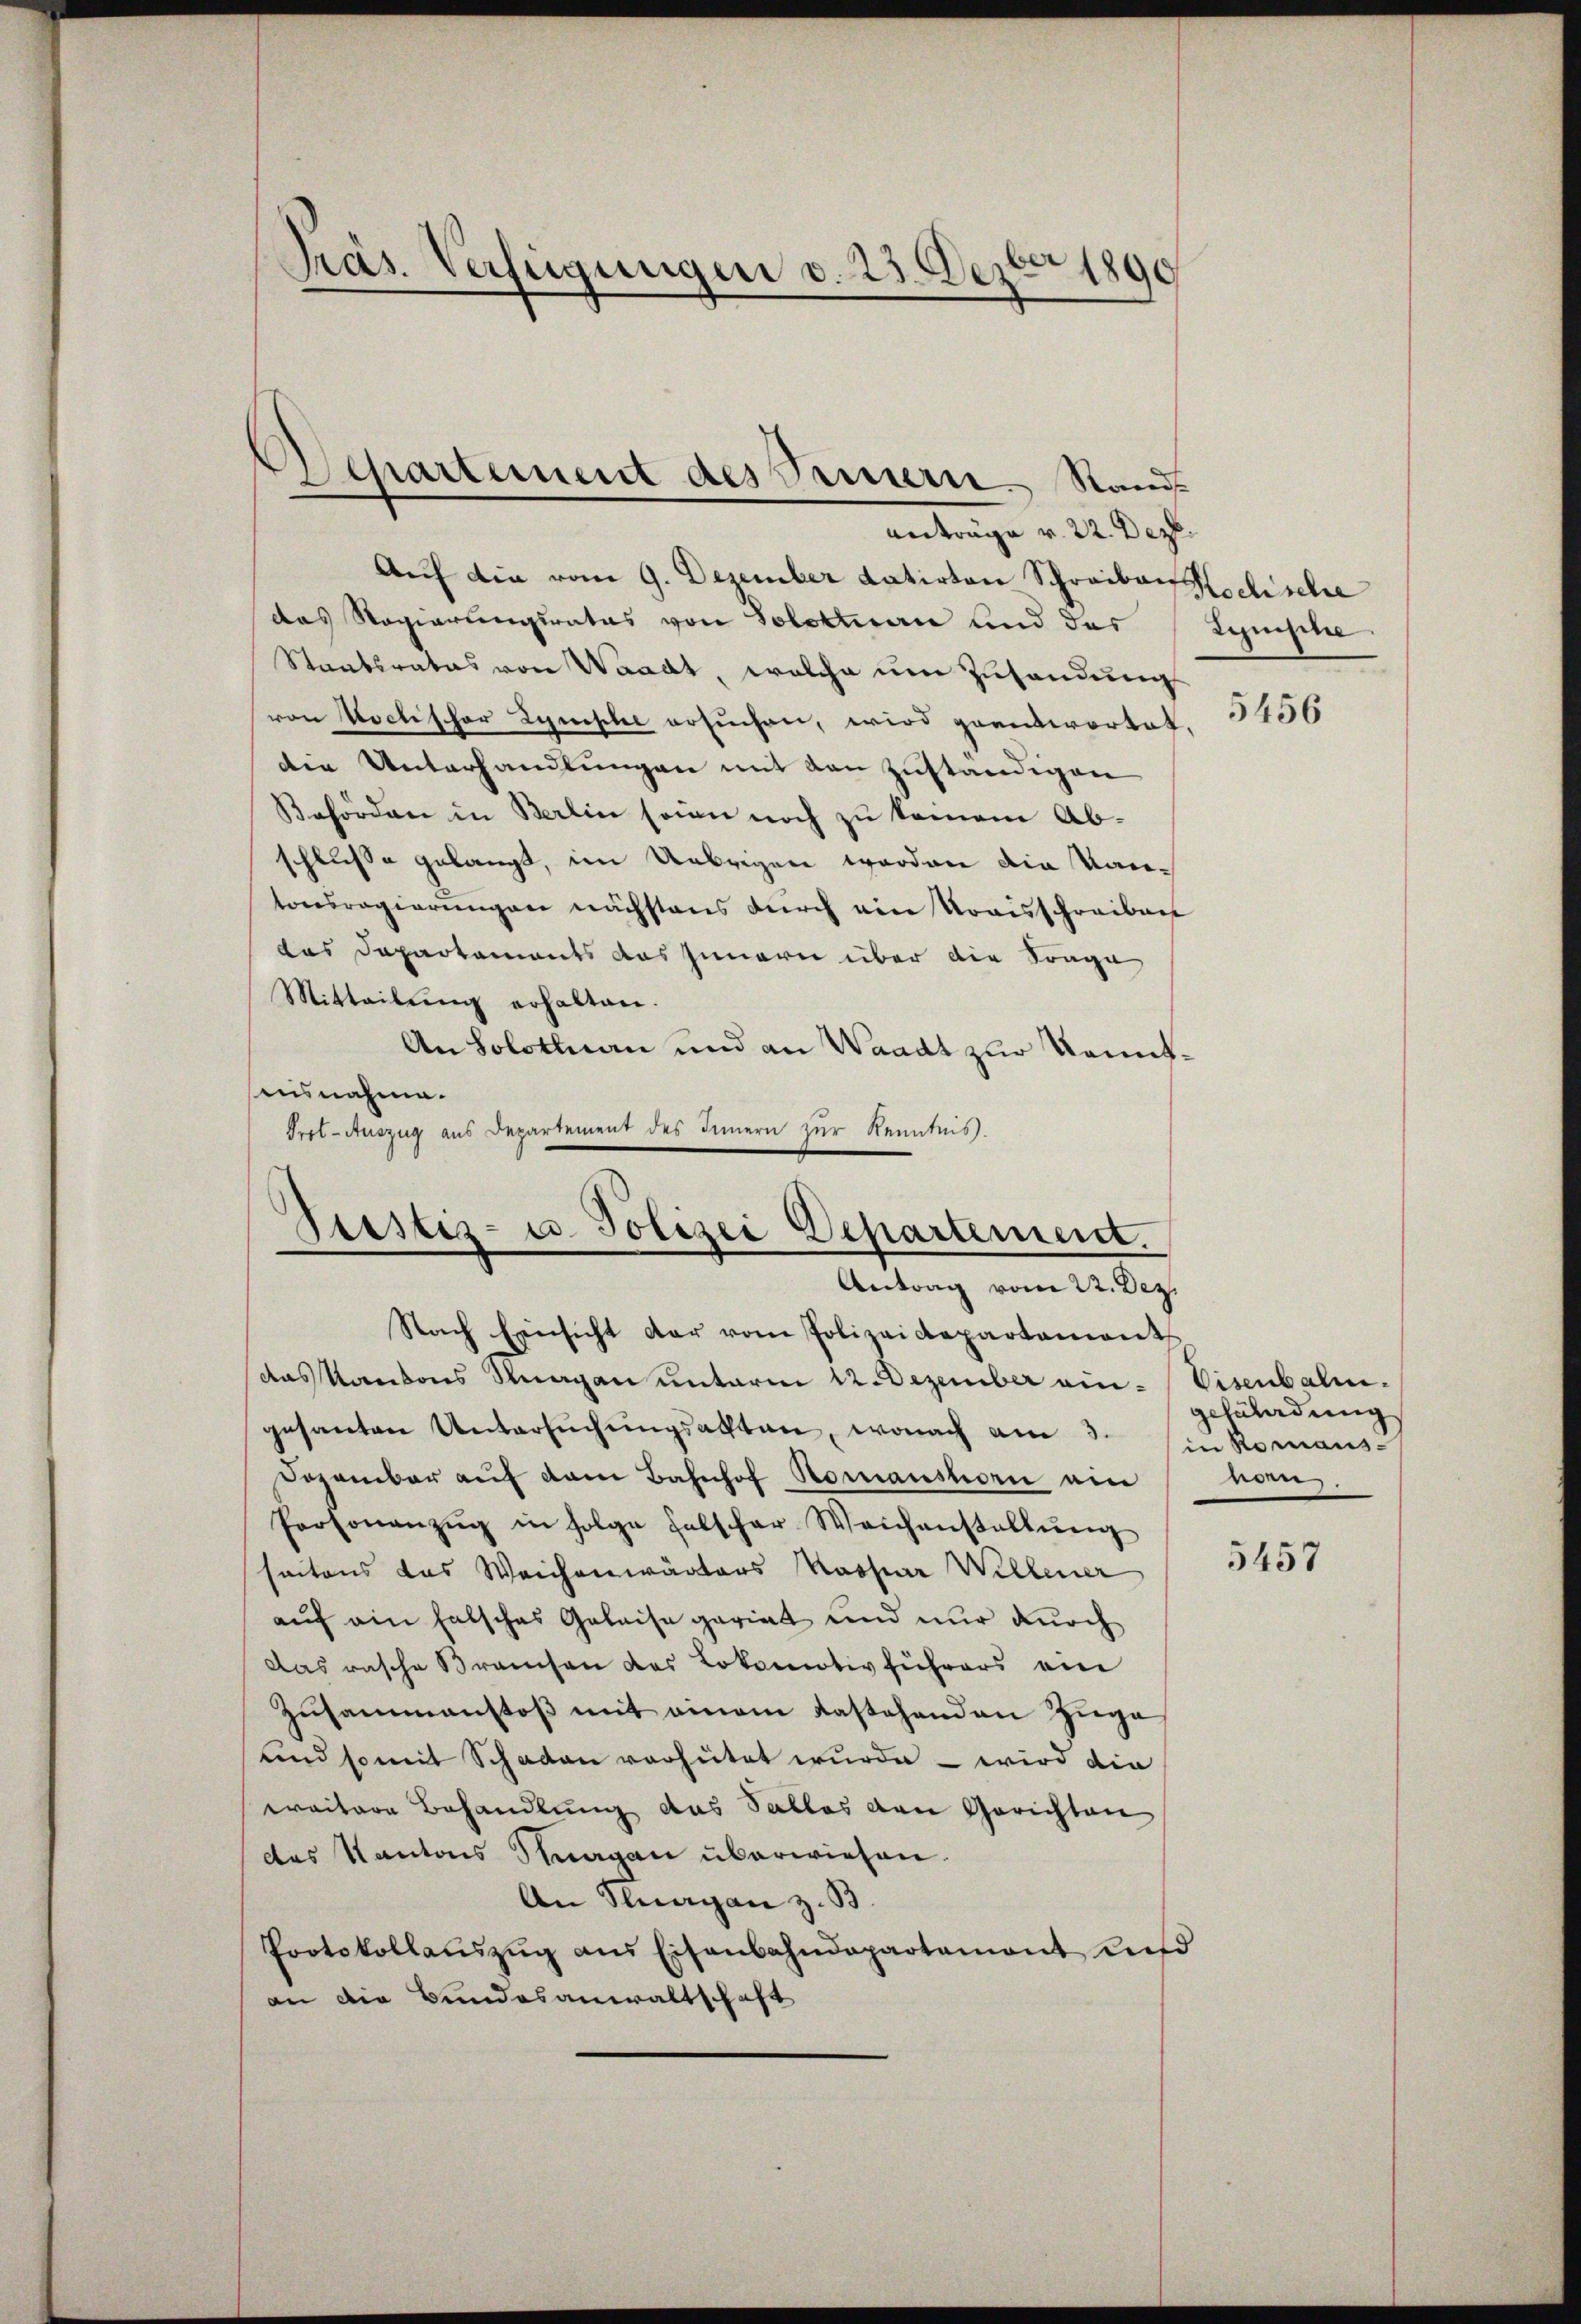
Präs. Verfügungen d. 23. Dezbr 1890

Auf die vom 9. Dezember datirten Schreiben seelische
das Regierungsrates von Solottane und des
Staatsrates von Waadt, welche um Zusendung
von Hoctischer Lynische ersuchen, wird geantwortet,
die Unterhandlungen mit den zuständigen
Behörden in Berlin sein noch zu keinem Abschlusse gelangt, im Uebrigen worden die Kantonsregierungen nächstens durch ein Kraisschreiben
das Departements das Innern über die Frage
Mitteilŭng erhalten.
An Solothurn und an Waadt zur Kenntausnahme.
Prol- Auszug aus Departement des Innern zŭr Kenntnis.
Nach Einsicht der vom Polizeidepartamiert
das Kantons Knagan unterm 12 Dezember ein-Visenbalm.
gesanten Untersŭchŭngsakten, wonach am 3. in Romans-
Dezember auf dem Bahnhof Romanshorn ein nom.
Personanzŭg in folge falscher Weichenstallŭng
seitens das Weichenwärters Kaspar Willener
auf ein falsches Geleise pariat und nur durch
Das rasche Branchen des Lokomotivführers ein
Zusammenstoß mit einem dastehenden Ziege
und somit Schaden verhütet wurde – wird die
weitere Behandlung das Salles den Gerichten
des Kantons Stagan überwiesen.
An Klagan z. B.
Protokollauszug aus Eisenbahndepartement und
an die Bundesanwaltschaft

Departement des Prinern Rand
Anträge v. 22. Dez.

Stestiz- u. Polizei Departement.
Antrag vom 22. Dez.

Synische

5456

gefährdung

5457